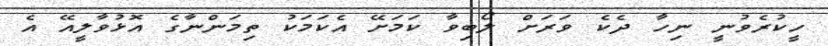
ހީކުރެވުނީ ނިހާ ދެކެ ވަރަށް ލޯބިވާ ކަމަށޭ އެކަމަކު ތިމަންނާގެ އޮޅުވާލީއޭ އެ